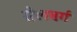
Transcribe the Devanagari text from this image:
सेलबर्ग